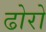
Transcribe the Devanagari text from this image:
ढोरो